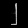
Digit: ၂